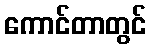
ကောင်တာတွင်